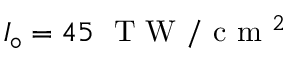
I _ { \circ } = 4 5 \ \mathrm { ~ T ~ W ~ } / \mathrm { ~ c ~ m ~ } ^ { 2 }